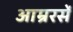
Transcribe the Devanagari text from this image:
आम्ररसें